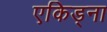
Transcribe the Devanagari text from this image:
एकिड्ना